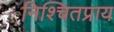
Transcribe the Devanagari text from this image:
निश्चितप्राय